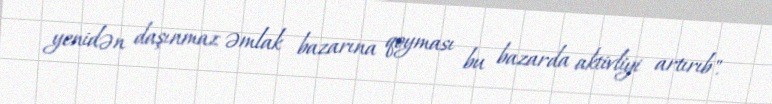
yenidən daşınmaz əmlak bazarına qoyması bu bazarda aktivliyi artırıb".